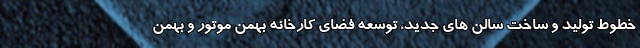
خطوط تولید و ساخت سالن های جدید، توسعه فضای کارخانه بهمن موتور و بهمن